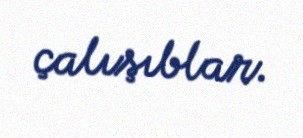
çalışıblar.